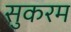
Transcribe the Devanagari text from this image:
सुकरम